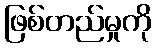
ဖြစ်တည်မှုကို